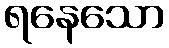
ရနေသော